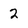
Character: 2